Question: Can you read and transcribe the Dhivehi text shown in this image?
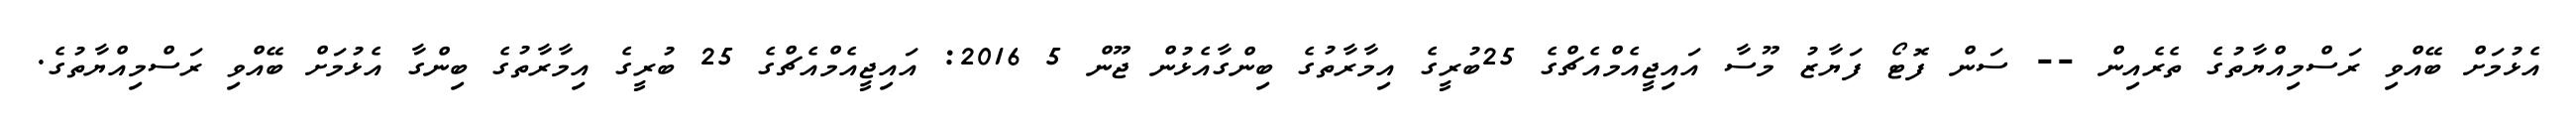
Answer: އެޅުމަށް ބޭއްވި ރަސްމިއްޔާތުގެ ތެރެއިން -- ސަން ފޮޓޯ ފަޔާޒު މޫސާ އައިޖީއެމްއެޗްގެ 25ބުރީގެ އިމާރާތުގެ ބިންގާއެޅުން ޖޫން 5 2016: އައިޖީއެމްއެޗްގެ 25 ބުރީގެ އިމާރާތުގެ ބިންގާ އެޅުމަށް ބޭއްވި ރަސްމިއްޔާތުގެ.